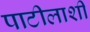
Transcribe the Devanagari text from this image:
पाटीलाशी